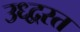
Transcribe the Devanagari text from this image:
उध्द्वस्त